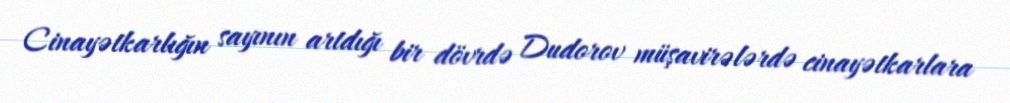
Cinayətkarlığın sayının artdığı bir dövrdə Dudorov müşavirələrdə cinayətkarlara